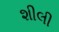
શીલી